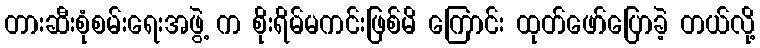
တားဆီးစုံစမ်းရေးအဖွဲ့ က စိုးရိမ်မကင်းဖြစ်မိ ကြောင်း ထုတ်ဖော်ပြောခဲ့ တယ်လို့